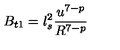
B _ { t 1 } = l _ { s } ^ { 2 } \frac { u ^ { 7 - p } } { R ^ { 7 - p } }